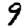
Digit: 9